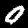
Label: 0